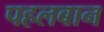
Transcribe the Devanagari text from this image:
पहलबान